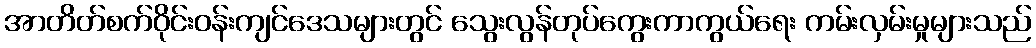
အာတိတ်စက်ဝိုင်းဝန်းကျင်ဒေသများတွင် သွေးလွန်တုပ်ကွေးကာကွယ်ရေး ကမ်းလှမ်းမှုများသည်